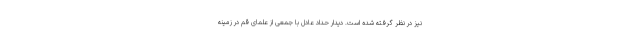
نیز در نظر گرفته شده است. دیدار حداد عادل با جمعی از علمای قم در زمینه